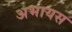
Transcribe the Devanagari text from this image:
अभायस